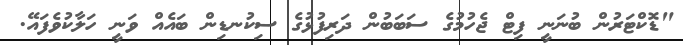
"ޑޮކްޓަރުން ބުނަނީ ފިޓް ޖެހުމުގެ ސަބަބުން ދަރިފުޅުގެ ސިކުނޑިން ބައެއް ވަނީ ހަލާކުވެފައޭ.